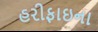
હરીફાઇના